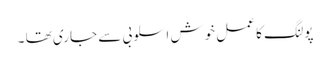
پولنگ کا عمل خوش اسلوبی سے جاری تھا ۔